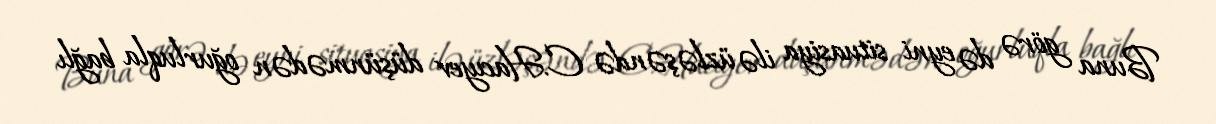
Buna görə də eyni situasiya ilə üzləşəndə C.Hacıyev düşünmədən oğurluqla bağlı